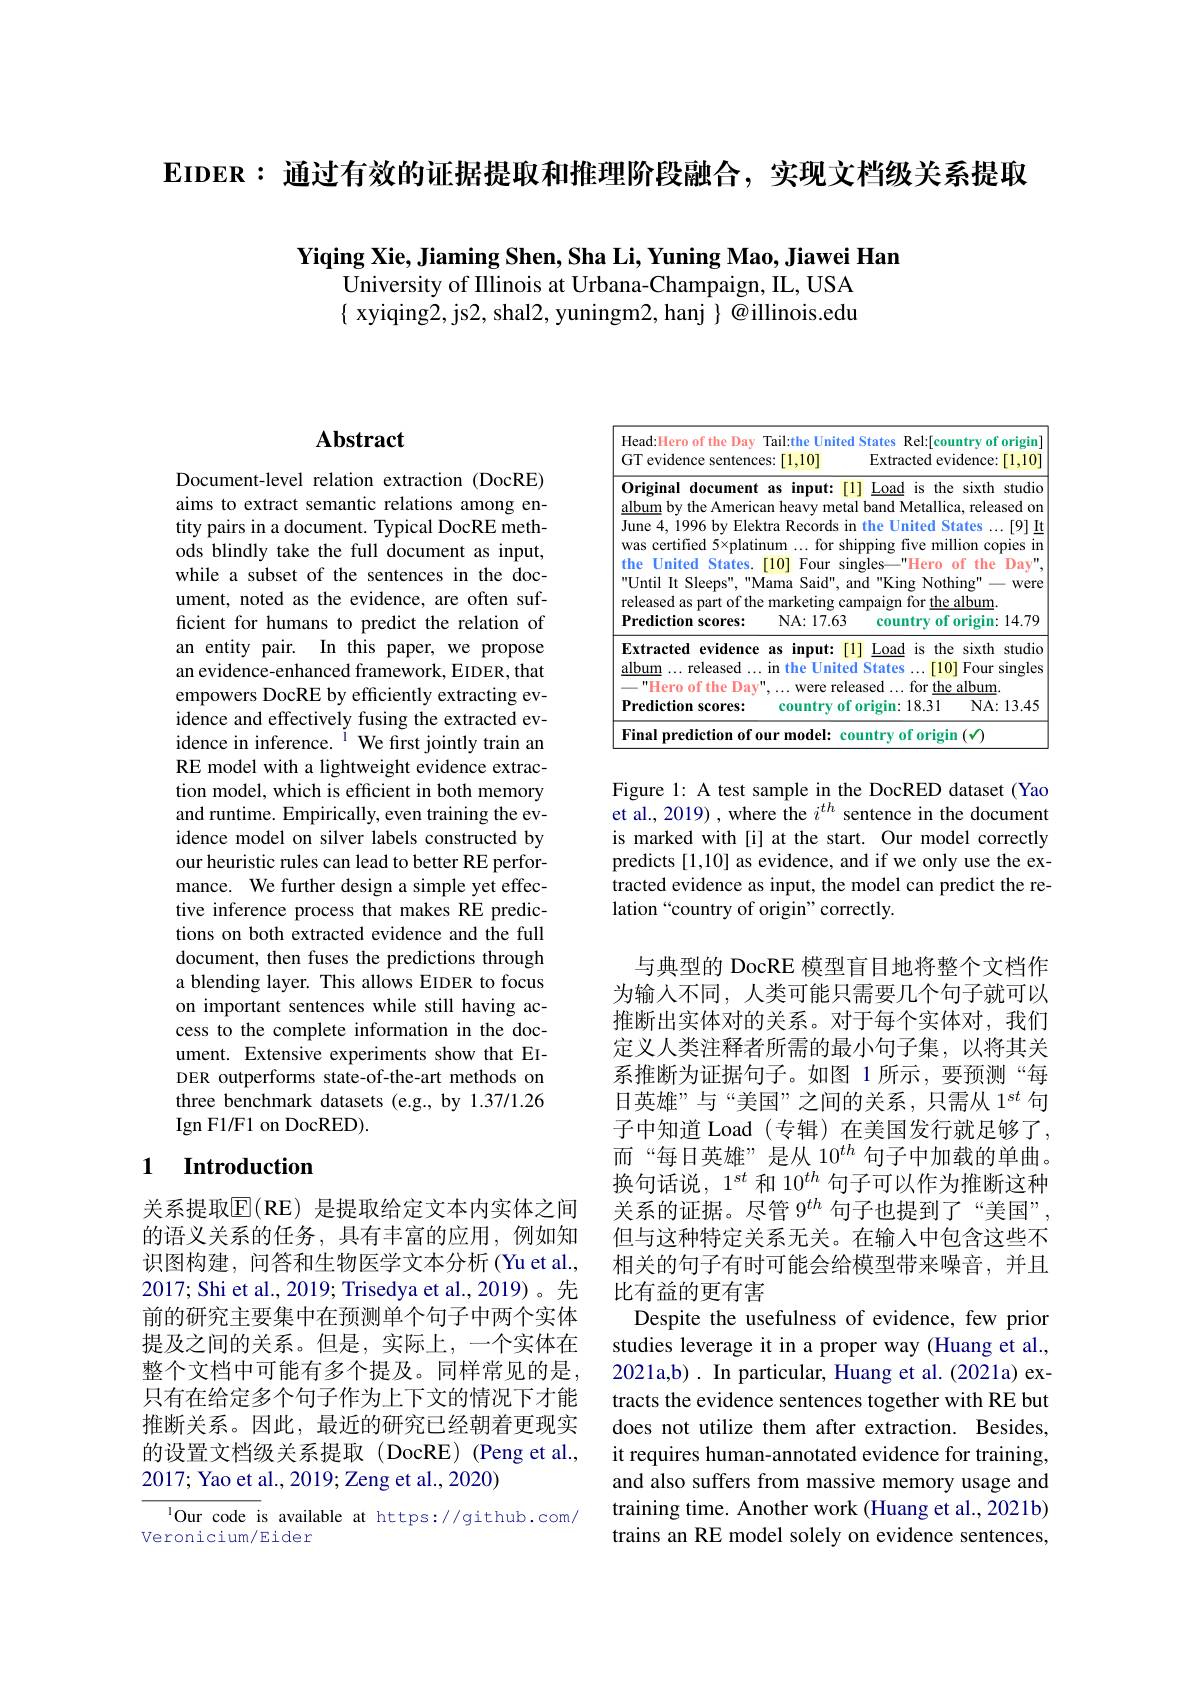
$\mathbf{EIDER}:$通过有效的证据提取和推理阶段融合，实现文档级关系提取

$\textbf{Yiqing Xie, Jiaming Shen, Sha Li, Yuning Mao, Jiawei Han}$
University of Illinois at Urbana-Champaign, IL, USA $\{$ xyiqing2, js2, shal2, yuningm2, hanj $\}$ @illinois.edu

# Abstract

Document-level relation extraction (DocRE) aims to extract semantic relations among entity pairs in a document. Typical DocRE methods blindly take the full document as input, while a subset of the sentences in the document, noted as the evidence, are often sufficient for humans to predict the relation of an entity pair. In this paper, we propose an evidence-enhanced framework, EIDER, that empowers DocRE by efficiently extracting evidence and effectively fusing the extracted evidence in inference. $^{\mathrm{I}}$ We first jointly train an RE model with a lightweight evidence extraction model, which is efficient in both memory and runtime. Empirically, even training the evidence model on silver labels constructed by our heuristic rules can lead to better RE performance. We further design a simple yet effective inference process that makes RE predictions on both extracted evidence and the full document, then fuses the predictions through a blending layer. This allows EIDER to focus on important sentences while still having access to the complete information in the document. Extensive experiments show that EIDER outperforms state-of-the-art methods on three benchmark datasets (e.g., by 1.37/1.26 Ign F1/F1 on DocRED).

## 1 $\textbf{Introduction}$

关系提取$\overline{\mathrm{E}}($RE)是提取给定文本内实体之间的语义关系的任务，具有丰富的应用，例如知识图构建，问答和生物医学文本分析(Yu et al., 2017; Shi et al., 2019; Trisedya et al., 2019)。先前的研究主要集中在预测单个句子中两个实体提及之间的关系。但是，实际上，一个实体在整个文档中可能有多个提及。同样常见的是， 只有在给定多个句子作为上下文的情况下才能推断关系。因此，最近的研究已经朝着更现实的设置文档级关系提取(DocRE)(Peng et al., 2017; Yao et al., 2019; Zeng et al., 2020)

$^{1}$Our code is available at https://github.com/
Veronicium/Eider

<table>
	<tbody>
		<tr>
			<th>Head:Hero of the Day Tail:the Unite GT evidence sentences: [1,10]</th>
			<th>Rel:[country of origin] States Extracted evidence: $[1,10^{-}]$</th>
		</tr>
		<tr>
			<td>Extracted 11 evidence as input album... released...in the Unite "Hero of the Day",...were rel Prediction scores: country co 11</td>
			<td>Load is the sixth studio States [10] Four singles ased...for the album. 0rigin:18.31 NA: 13. 45</td>
		</tr>
		<tr>
			<td>Final predic $0urmodel:$</td>
			<td>untry of origin</td>
		</tr>
	</tbody>
</table>

Figure 1: A test sample in the DocRED dataset (Yao et al., 2019) , where the $i^{th}$ sentence in the document is marked with[i] at the start. Our model correctly predicts [1,10] as evidence, and if we only use the extracted evidence as input, the model can predict the relation “country of origin" correctly.

与典型的 DocRE 模型盲目地将整个文档作为输入不同，人类可能只需要几个句子就可以推断出实体对的关系。对于每个实体对，我们定义人类注释者所需的最小句子集，以将其关系推断为证据句子。如图 1 所示，要预测“每日英雄”与“美国”之间的关系，只需从 1$^{st}$句子中知道 Load (专辑) 在美国发行就足够了， 而“每日英雄”是从 10$^{th}$句子中加载的单曲。换句话说，1$^{st}$和 10$^{th}$句子可以作为推断这种关系的证据。尽管$9^{th}$句子也提到了“美国”, 但与这种特定关系无关。在输入中包含这些不相关的句子有时可能会给模型带来噪音，并且比有益的更有害
Despite the usefulness of evidence, few prior studies leverage it in a proper way (Huang et al., 2021a,b). In particular, Huang et al. (2021a) extracts the evidence sentences together with RE but does not utilize them after extraction. Besides, it requires human-annotated evidence for training, and also suffers from massive memory usage and training time. Another work (Huang et al., 2021b) trains an RE model solely on evidence sentences,